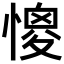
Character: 𢠧